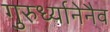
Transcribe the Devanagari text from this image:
गुरुर्ध्यानेनैव